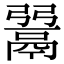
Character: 𩰲